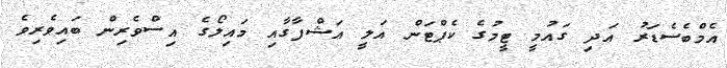
އެމްބެސެޑަރު އަދި ގައުމީ ޓީމުގެ ކެޕްޓަން އަލީ އަޝްފާގާއި މައިލޯގެ އިސްވެރިން ބައިވެރިވެ